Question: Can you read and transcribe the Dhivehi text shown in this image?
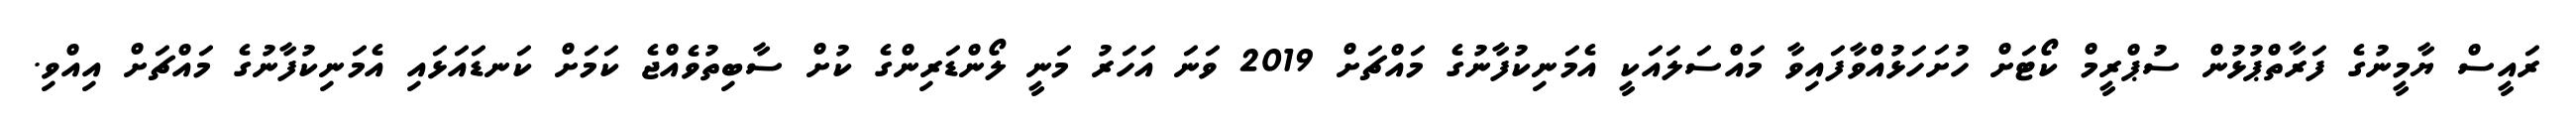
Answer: ރައީސް ޔާމީނުގެ ފަރާތްޕުޅުން ސުޕްރީމް ކޯޓަށް ހުށަހަޅުއްވާފައިވާ މައްސަލައަކީ އެމަނިކުފާނުގެ މައްޗަށް 2019 ވަނަ އަހަރު މަނީ ލޯންޑަރިންގެ ކުށް ސާބިތުވެއްޖެ ކަމަށް ކަނޑައަޅައި އެމަނިކުފާނުގެ މައްޗަށް އިއްވި.